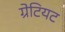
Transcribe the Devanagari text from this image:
ग्रेटियट